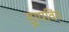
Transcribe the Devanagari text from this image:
ड्रायविंग